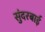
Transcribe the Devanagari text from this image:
सुंदरबाई